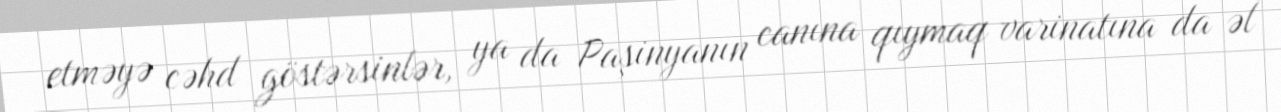
etməyə cəhd göstərsinlər, ya da Paşinyanın canına qıymaq varinatına da əl